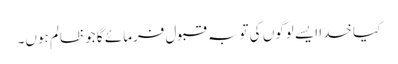
کیا خدا ایسے لوگوں کی توبہ قبول فرمائے گا جو ظالم ہوں۔